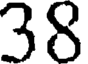
38